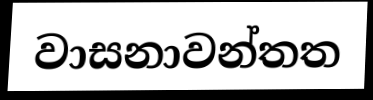
වාසනාවන්තත